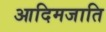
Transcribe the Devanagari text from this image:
आदिमजाति